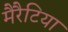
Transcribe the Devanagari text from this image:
मैरैटिया